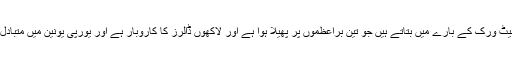
فیس بک پر ان کے پیج سمگلنگ نیٹ ورک کے بارے میں بتاتے ہیں جو تین برِاعظموں پر پھیلا ہوا ہے اور لاکھوں ڈالرز کا کاروبار ہے اور یورپی یونین میں متبادل پناہ کی سروس مہیا کر رہے ہیں۔